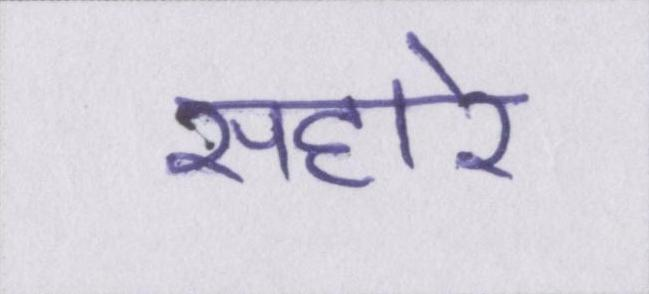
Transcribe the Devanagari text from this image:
सहारे